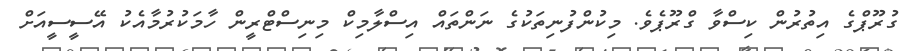
ގުރޫޕްގެ އިތުރުން ކިސްވާ ގްރޫޕެވެ. މިކުންފުނިތަކުގެ ނަންތައް އިސްލާމިކް މިނިސްޓްރީން ހާމަކުރުމާއެކު އޭސީސީއަށް